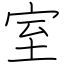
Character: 室